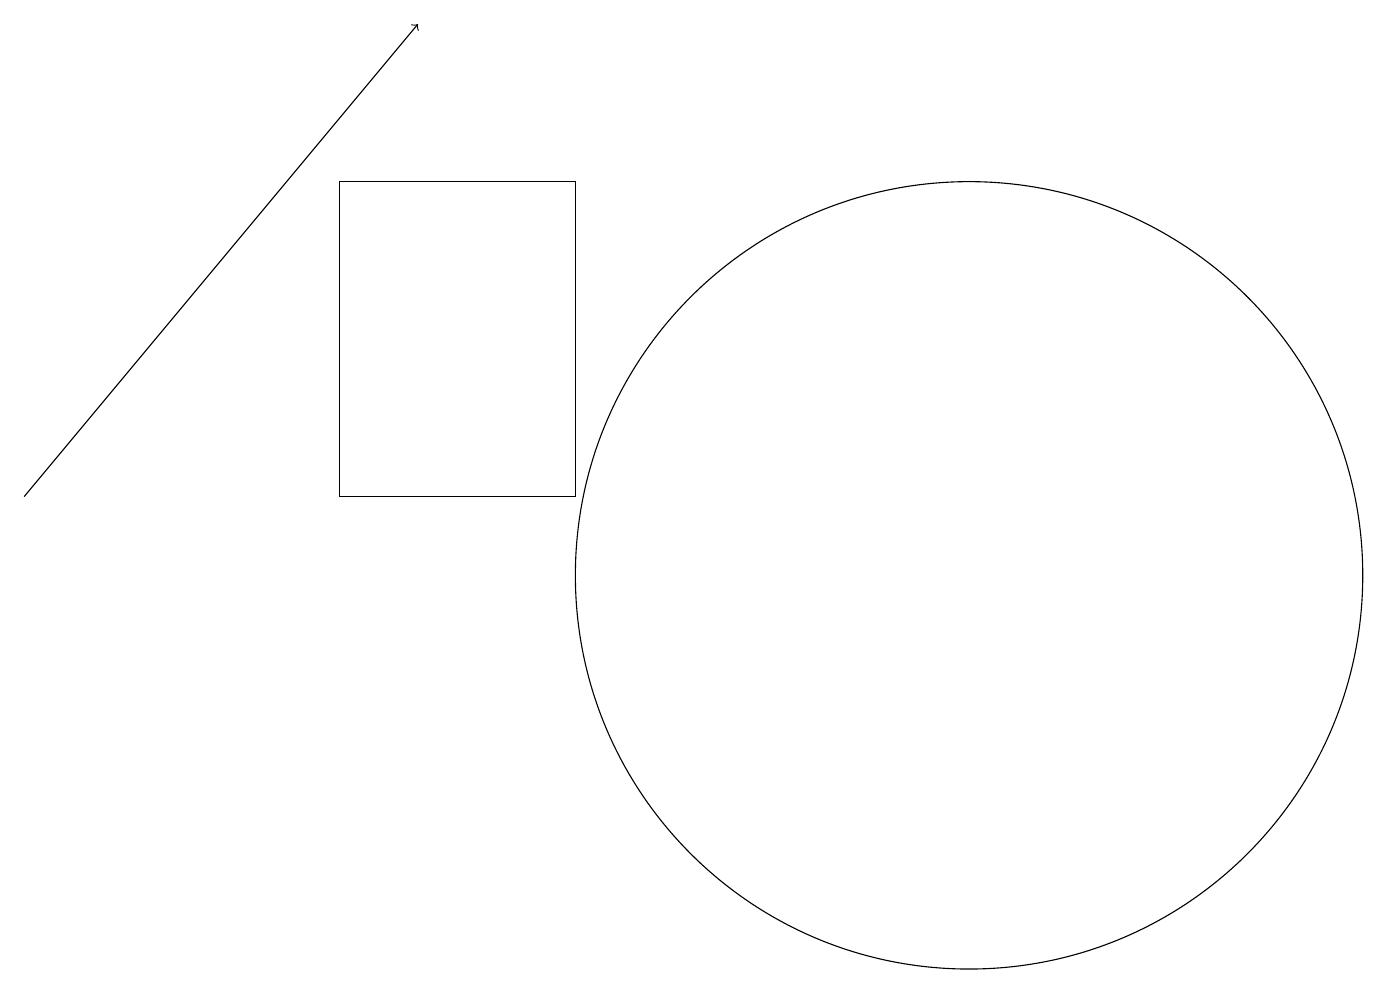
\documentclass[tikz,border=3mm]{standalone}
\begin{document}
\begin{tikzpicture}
\draw (4,16) rectangle (7,12);
\draw[->] (0,12) -- (5,18);
\draw (12,11) circle (5);
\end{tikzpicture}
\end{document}